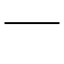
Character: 一